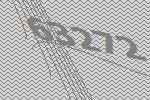
63272